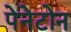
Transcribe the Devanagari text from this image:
पेनेटोन